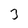
Character: 3